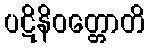
ပဋိနိဝတ္တောတိ